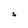
Character: S